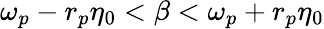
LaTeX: \omega_{p}-r_{p}\eta_{0}<\beta<\omega_{p}+r_{p}\eta_{0}